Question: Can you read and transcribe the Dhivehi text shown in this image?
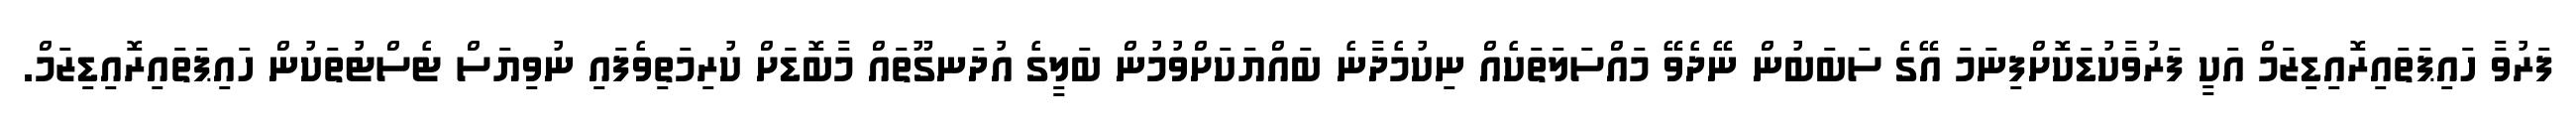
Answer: ފަރުވާ ހައިޕަތައިރޮއިޑިޒަމް އަކީ ފަރުވާކުޑަކޮށްފިނަމަ އޭގެ ސަބަބުން ނޭދެވޭ މައްސަލަތަކެއް ނިކުމެދާނެ ބައްޔަކަށްވުމުން ބަލީގެ އުދަނގޫތައް މާބޮޑަށް ކުރިމަތިވެފައި ނުވިޔަސް ޓެސްޓުތަކުން ހައިޕަތައިރޮއިޑިޒަމް.